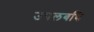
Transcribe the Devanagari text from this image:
उपलबधि